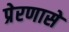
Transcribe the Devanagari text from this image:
प्रेरणासे